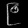
Digit: ၉